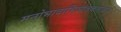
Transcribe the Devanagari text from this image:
मनोभावाभिव्यंजकतावाद